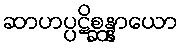
ဆာဟပ္ပဋိစ္ဆန္နာယော